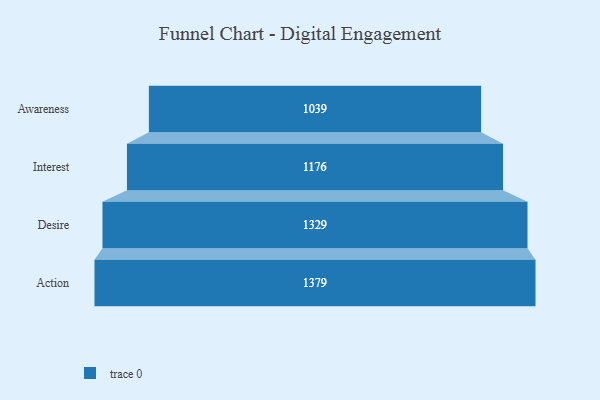
{"axis": {"x": "Stage", "y": "Value"}, "legend": [""], "data": [{"x": "Awareness", "y": 1039.0, "type": ""}, {"x": "Interest", "y": 1176.0, "type": ""}, {"x": "Desire", "y": 1329.0, "type": ""}, {"x": "Action", "y": 1379.0, "type": ""}]}